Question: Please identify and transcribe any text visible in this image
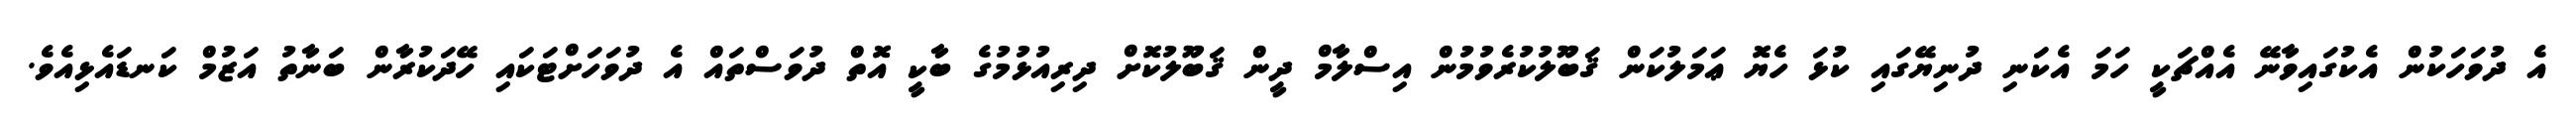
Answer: އެ ދުވަހަކުން އެކުގައިވާނޭ އެއްޗަކީ ހަމަ އެކަނި ދުނިޔޭގައި ކުޅަ ހެޔޮ ޢަމަލުކަން ޤަބޫލުކުރެވުމުން އިސްލާމް ދީން ޤަބޫލުކޮށް ދިރިއުޅުމުގެ ބާކީ އޮތް ދުވަސްތައް އެ ދުވަހަށްޓަކައި ހޭދަކުރާން ބަނާތު އަޒުމް ކަނޑައެޅިއެވެ.